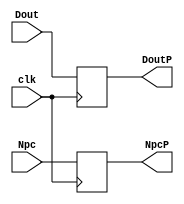
module F_D(clk,Dout,Npc,DoutP,NpcP);

input clk;
input [15:0] Dout,Npc;
output reg [15:0] DoutP,NpcP;

always @(posedge clk)
begin
DoutP=Dout;
NpcP=Npc;
end
endmodule